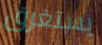
يستغرق